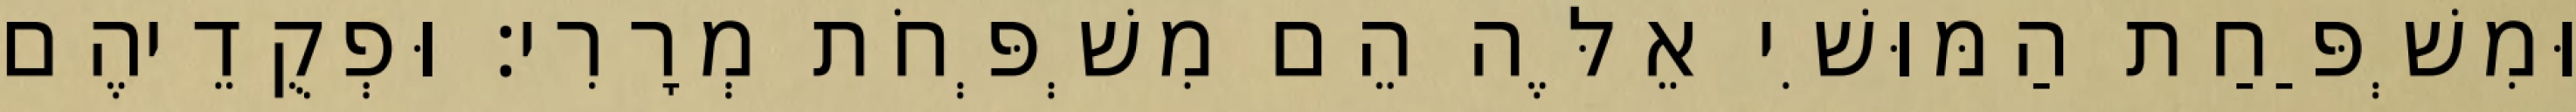
וּמִשְׁפַּחַת הַמּוּשִׁי אֵלֶּה הֵם מִשְׁפְּחֹת מְרָרִי׃ וּפְקֻדֵיהֶם